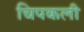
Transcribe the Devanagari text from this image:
चिपकली